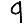
Digit: 9